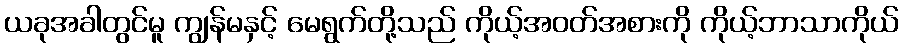
ယခုအခါတွင်မူ ကျွန်မနှင့် မေရွက်တို့သည် ကိုယ့်အဝတ်အစားကို ကိုယ့်ဘာသာကိုယ်